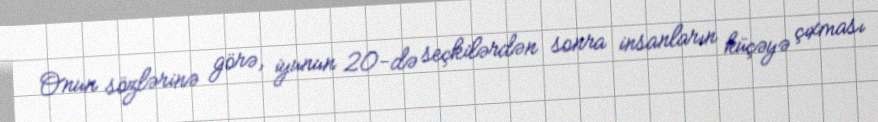
Onun sözlərinə görə, iyunun 20-də seçkilərdən sonra insanların küçəyə çıxması